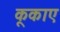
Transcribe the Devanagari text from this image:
कूकाए